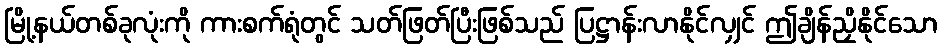
မြို့နယ်တစ်ခုလုံးကို ကားစက်ရုံတွင် သတ်ဖြတ်ပြီးဖြစ်သည် ပြဋ္ဌာန်းလာနိုင်လျှင် ဤချိန်ညှိနိုင်သော